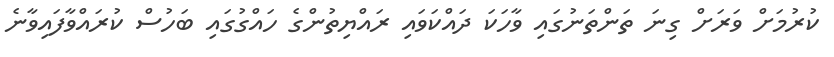
ކުރުމަށް ވަރަށް ގިނަ ތަންތަނުގައި ވާހަކަ ދައްކަވައި ރައްޔިތުންގެ ހައްގުގައި ބަހުސް ކުރައްވާފައިވާނެ